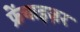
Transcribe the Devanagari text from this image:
फ्रेंचाइज़र